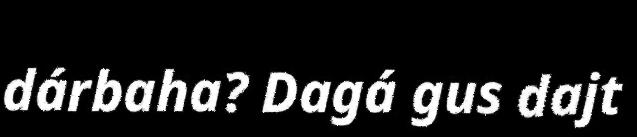
dárbaha? Dagá gus dajt